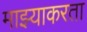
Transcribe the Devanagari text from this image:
माझ्याकरता